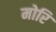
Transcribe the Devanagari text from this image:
मोरि